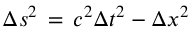
\Delta s ^ { 2 } \, = \, c ^ { 2 } \Delta t ^ { 2 } - \Delta x ^ { 2 }